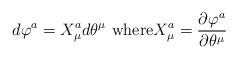
LaTeX: \begin{align*}d\varphi^{a}\overset{}{=}X_{\mu}^{a}d\theta^{\mu}\text{ where}X_{\mu}^{a}\overset{}{=}\frac{\partial\varphi^{a}}{\partial\theta^{\mu}}\end{align*}